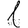
Digit: 1